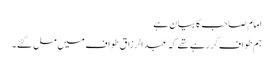
امام صاحب کا بیان ہے
ہم طواف کر رہے تھے کہ عبدالرزاق طواف میں مل گئے۔